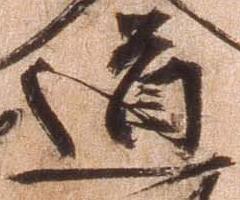
道